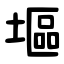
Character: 塸